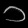
Digit: ၁